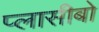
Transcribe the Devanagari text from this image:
प्लासीबो